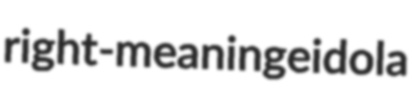
right-meaning eidola